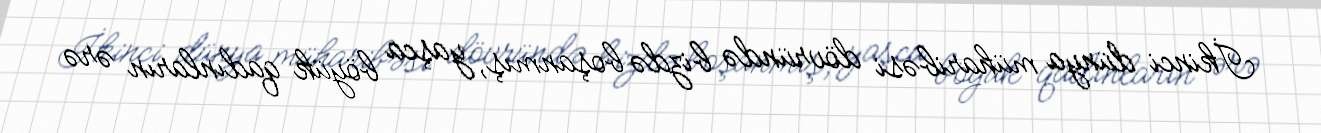
İkinci dünya müharibəsi dövründə bizdə boşanmış, yaşca böyük qadınların ərə